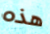
هذه